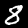
Label: 8